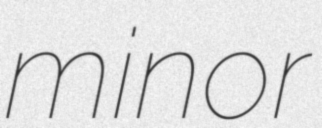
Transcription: minor